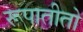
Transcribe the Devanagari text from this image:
रूपातीतो